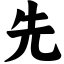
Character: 先